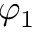
\varphi _ { 1 }